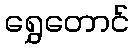
ရွှေတောင်